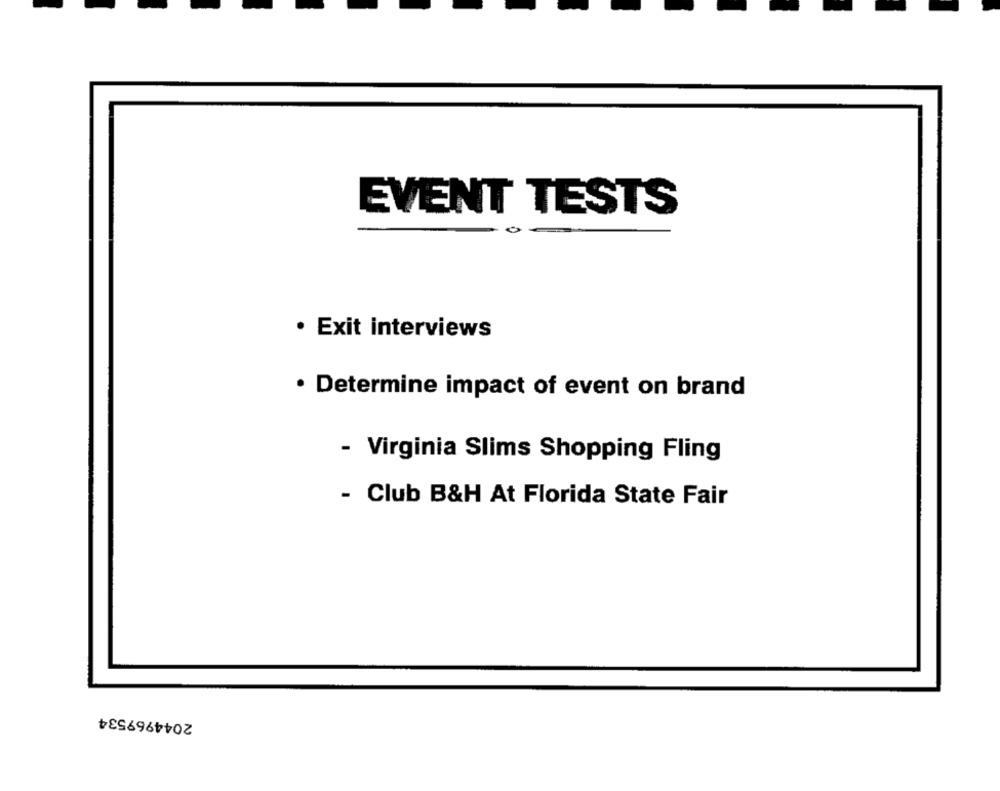
EVENT TESTS
· Exit interviews
· Determine impact of event on brand
- Virginia Slims Shopping Fling
- Club B&H At Florida State Fair
2044969534